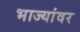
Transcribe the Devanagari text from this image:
भाज्यांवर